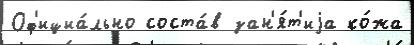
Оф'ициа́льно соста́в зан'я́т'иjа ко́жа